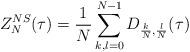
LaTeX: \begin{align*}Z^{NS}_N(\tau) = \frac1N \sum_{k,l=0}^{N-1} D_{\frac{k}{N}, \frac{l}{N}}(\tau)\end{align*}